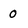
Character: 0